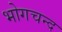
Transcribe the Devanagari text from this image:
भोगचन्द